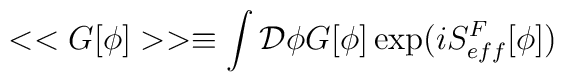
<< G[\phi]>> \equiv \int {\cal D} \phi G[\phi] \exp(iS^F_{eff}[\phi])